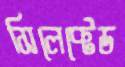
সিলেক্টেড